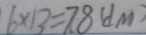
6 \times 1 3 = 7 8 ( d m )